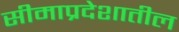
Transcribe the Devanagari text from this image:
सीमाप्रदेशातील